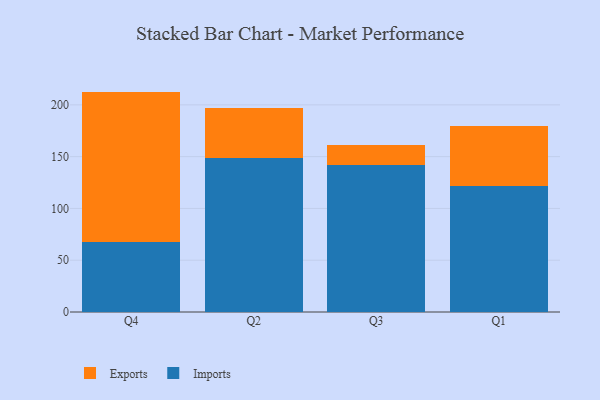
{"axis": {"x": "Quarter", "y": "Tickets Resolved"}, "legend": ["Exports", "Imports"], "data": [{"x": "Q4", "y": 68.0, "type": "Imports"}, {"x": "Q4", "y": 144.8, "type": "Exports"}, {"x": "Q2", "y": 148.9, "type": "Imports"}, {"x": "Q2", "y": 47.8, "type": "Exports"}, {"x": "Q3", "y": 142.0, "type": "Imports"}, {"x": "Q3", "y": 19.5, "type": "Exports"}, {"x": "Q1", "y": 121.5, "type": "Imports"}, {"x": "Q1", "y": 58.2, "type": "Exports"}]}